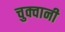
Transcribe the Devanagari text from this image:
चुक्वानी